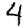
Digit: 4